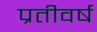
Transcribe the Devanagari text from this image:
प्रतीवर्ष